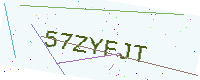
Text: 57ZYFJT